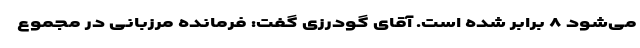
می‌شود ۸ برابر شده است. آقای گودرزی گفت: فرمانده مرزبانی در مجموع